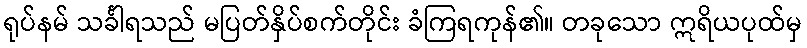
ရုပ်နမ် သင်္ခါရသည် မပြတ်နှိပ်စက်တိုင်း ခံကြရကုန်၏။ တခုသော ဣရိယပုထ်မှ